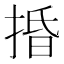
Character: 捪